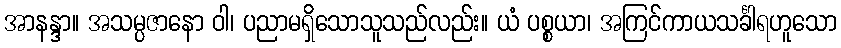
အာနန္ဒာ။ အသမ္ပဇာနော ဝါ၊ ပညာမရှိသောသူသည်လည်း။ ယံ ပစ္စယာ၊ အကြင်ကာယသင်္ခါရဟူသော